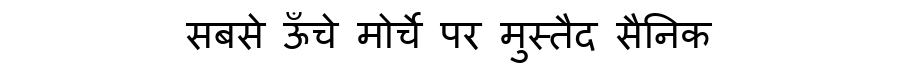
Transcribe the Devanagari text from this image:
सबसे ऊँचे मोर्चे पर मुस्तैद सैनिक